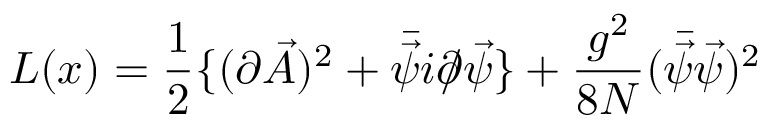
{ \cal L } ( x ) = { \frac { 1 } { 2 } } \{ ( \partial \vec { A } ) ^ { 2 } + \bar { \vec { \psi } } i \partial \llap / \vec { \psi } \} + { \frac { g ^ { 2 } } { 8 N } } ( \bar { \vec { \psi } } \vec { \psi } ) ^ { 2 }